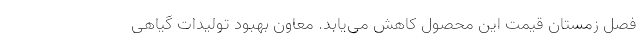
فصل زمستان قیمت این محصول کاهش می‌یابد. معاون بهبود تولیدات گیاهی